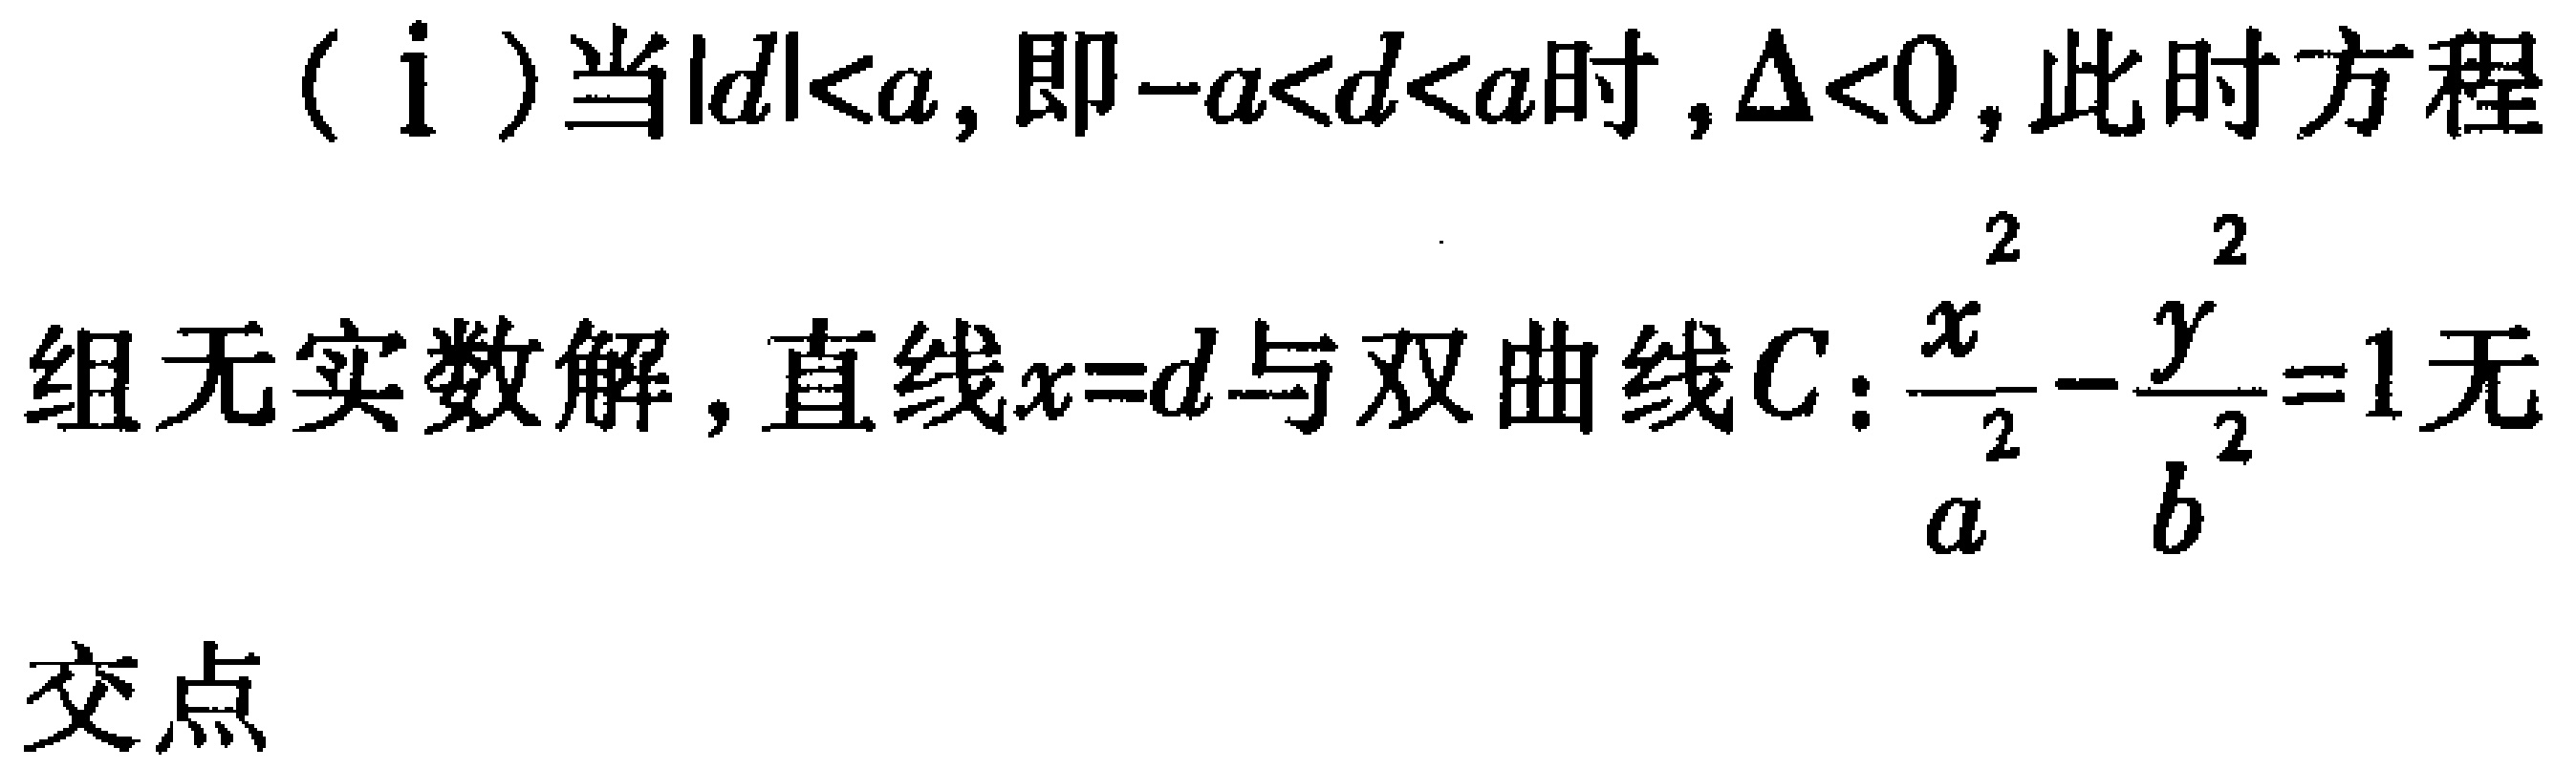
（ⅰ）当\(\vert d\vert < a\)，即\(-a < d < a\)时，\(\Delta < 0\)，此时方程组无实数解，直线\(x = d\)与双曲线\(C\)：\(\frac{x^{2}}{a^{2}} - \frac{y^{2}}{b^{2}} = 1\)无交点